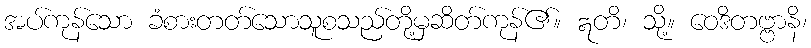
အပ်ကုန်သော ခံစားတတ်သောသူစသည်တို့မှဆိတ်ကုန်၏။ ဣတိ၊ သို့။ ဝေဒိတဗ္ဗာနိ၊